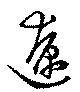
遼